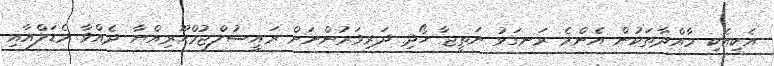
އެކިއެކި މާއްދާތަކުން އެންމެ ރަނގަޅު ނަތީޖާ ހޯދި ދަރިވަރުންނަށް ރައީސުލްޖުމްހޫރިއްޔާ ދެއްވާ މެޑަލްއާއި